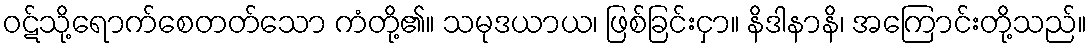
ဝဋ်သို့ရောက်စေတတ်သော ကံတို့၏။ သမုဒယာယ၊ ဖြစ်ခြင်းငှာ။ နိဒါနာနိ၊ အကြောင်းတို့သည်။